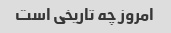
امروز چه تاریخی است